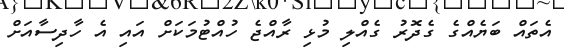
އެތައް ބަޔެއްގެ ގެދޮރު ގެއްލި މުޅި ރާއްޖެ ހުއްޓުމަކަށް އައި އެ ހާދިސާއަށް